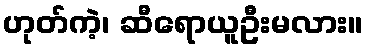
ဟုတ်ကဲ့၊ ဆီရောယူဦးမလား။